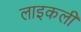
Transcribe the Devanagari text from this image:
लाइकली